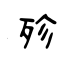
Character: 殄